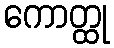
ကောတ္ထု